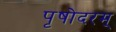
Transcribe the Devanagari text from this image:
पृषोदरम्